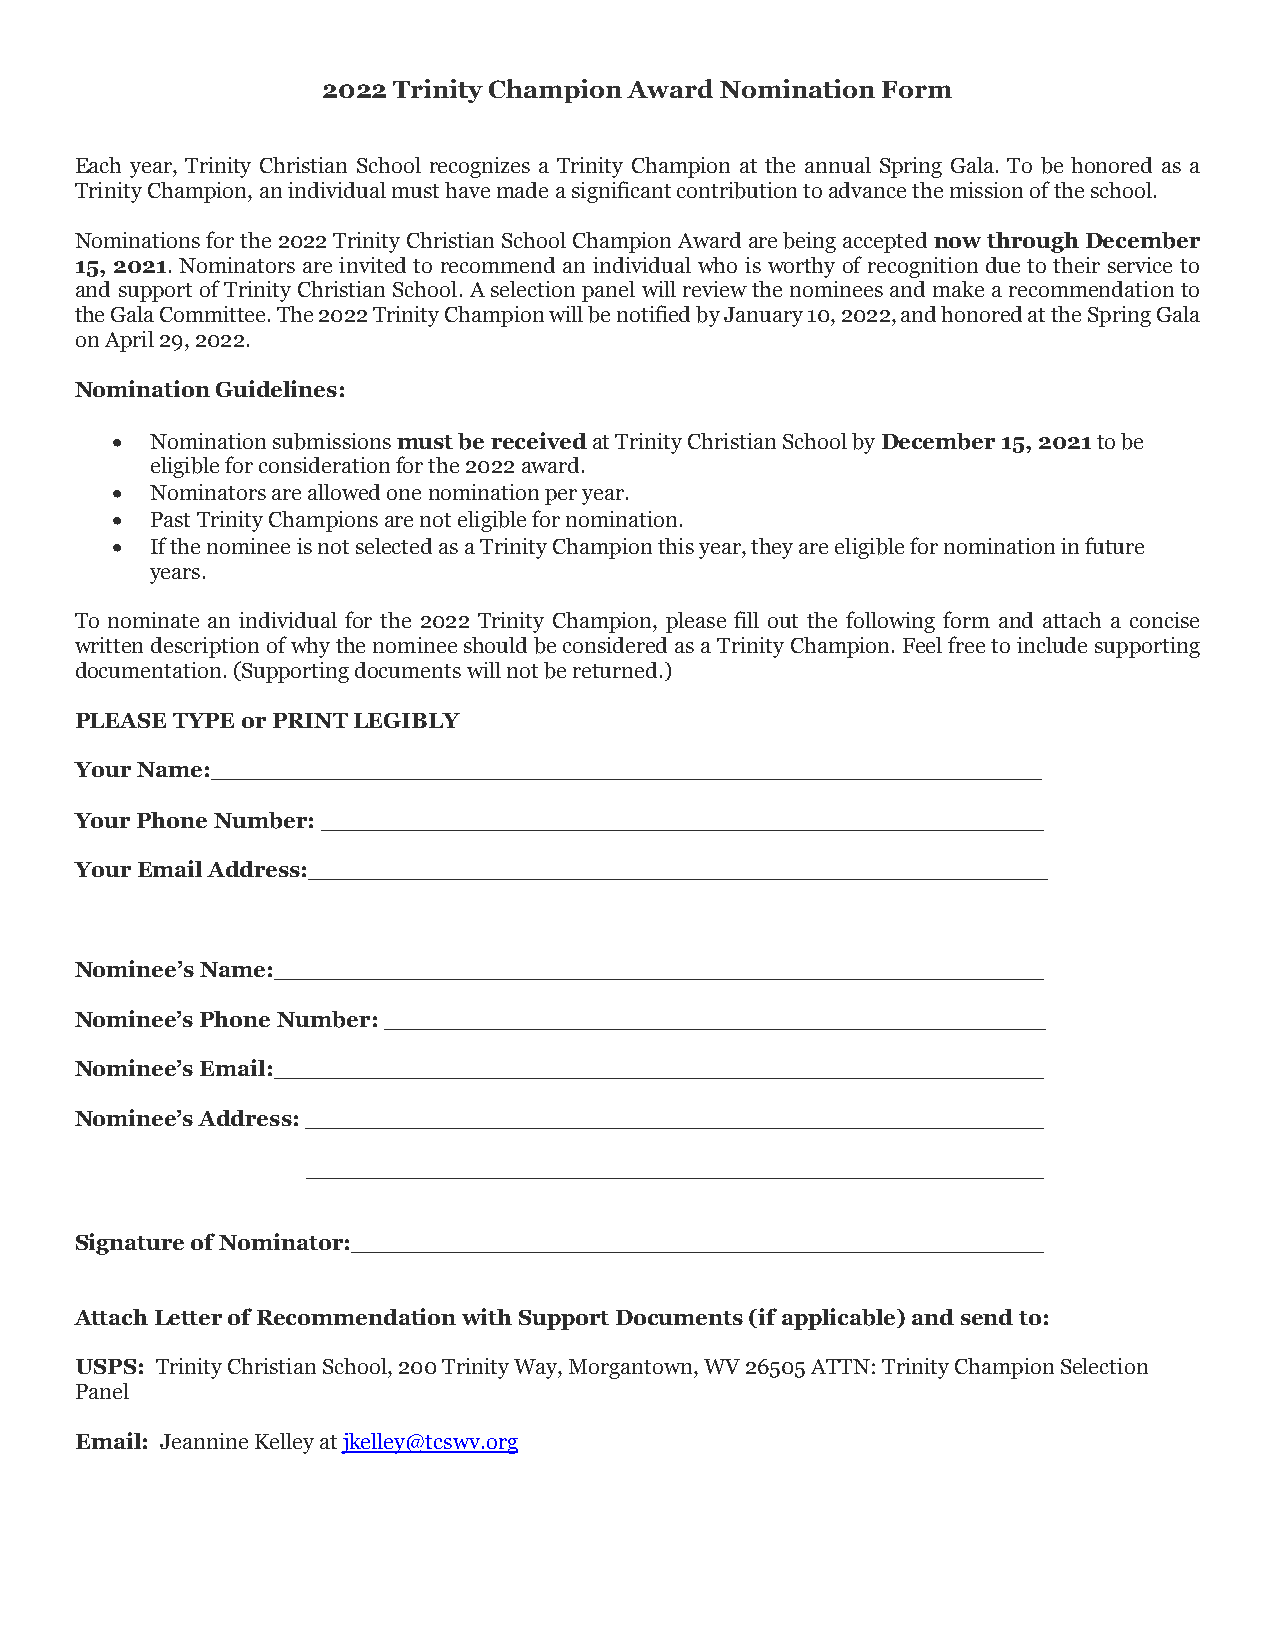
2022 Trinity Champion Award Nomination Form
 Each year, Trinity Christian School recognizes a Trinity Champion at the annual Spring Gala. To be honored as a
 Trinity Champion, an individual must have made a significant contribution to advance the mission of the school.
 Nominations for the 2022 Trinity Christian School Champion Award are being accepted now through December
 15, 2021. Nominators are invited to recommend an individual who is worthy of recognition due to their service to
 and support of Trinity Christian School. A selection panel will review the nominees and make a recommendation to
 the Gala Committee. The 2022 Trinity Champion will be notified by January 10, 2022, and honored at the Spring Gala
 on April 29, 2022.
 Nomination Guidelines:
 •  Nomination submissions must be received at Trinity Christian School by December 15, 2021 to be
 eligible for consideration for the 2022 award.
 •  Nominators are allowed one nomination per year.
 •  Past Trinity Champions are not eligible for nomination.
 •  If the nominee is not selected as a Trinity Champion this year, they are eligible for nomination in future
 years.
 To nominate an individual for the 2022 Trinity Champion, please fill out the following form and attach a concise
 written description of why the nominee should be considered as a Trinity Champion. Feel free to include supporting
 documentation. (Supporting documents will not be returned.)
 PLEASE TYPE or PRINT LEGIBLY
 Your Name:______________________________________________________
 Your Phone Number: _______________________________________________
 Your Email Address:________________________________________________
 Nominee’s Name:__________________________________________________
 Nominee’s Phone Number: ___________________________________________
 Nominee’s Email:__________________________________________________
 Nominee’s Address: ________________________________________________
 ________________________________________________
 Signature of Nominator:_____________________________________________
 Attach Letter of Recommendation with Support Documents (if applicable) and send to:
 USPS: Trinity Christian School, 200 Trinity Way, Morgantown, WV 26505 ATTN: Trinity Champion Selection
 Panel
 Email: Jeannine Kelley at jkelley@tcswv.org